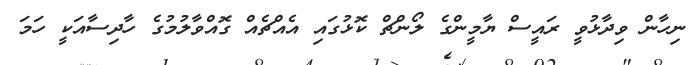
ނިހާން ވިދާޅުވީ ރައީސް ޔާމީންގެ ލޯންޗް ކޮޅުގައި އެއްޗެއް ގޮއްވާލުމުގެ ހާދިސާއަކީ ހަމަ